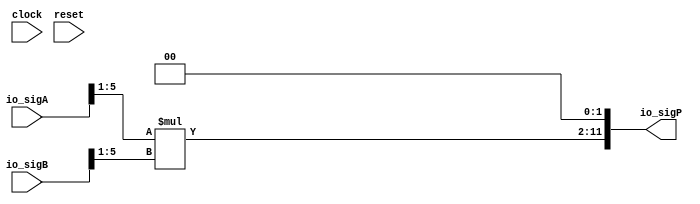
module PositMul7_0_1(
  input         clock,
  input         reset,
  input  [5:0]  io_sigA,
  input  [5:0]  io_sigB,
  output [11:0] io_sigP
);
  wire [4:0] _T; // @[PositMul.scala 34:28]
  wire [4:0] _T_1; // @[PositMul.scala 34:67]
  wire [4:0] _T_2; // @[PositMul.scala 34:83]
  wire [4:0] _T_3; // @[PositMul.scala 34:122]
  wire [9:0] _T_4; // @[PositMul.scala 34:74]
  wire [9:0] _T_5; // @[Cat.scala 29:58]
  assign _T = io_sigA[5:1]; // @[PositMul.scala 34:28]
  assign _T_1 = $signed(_T); // @[PositMul.scala 34:67]
  assign _T_2 = io_sigB[5:1]; // @[PositMul.scala 34:83]
  assign _T_3 = $signed(_T_2); // @[PositMul.scala 34:122]
  assign _T_4 = $signed(_T_1) * $signed(_T_3); // @[PositMul.scala 34:74]
  assign _T_5 = $unsigned(_T_4); // @[Cat.scala 29:58]
  assign io_sigP = {_T_5,2'h0}; // @[PositMul.scala 34:13]
endmodule